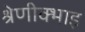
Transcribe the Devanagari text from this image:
श्रेणीक्भाइ